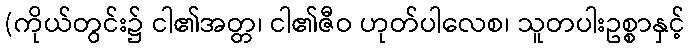
(ကိုယ်တွင်း၌ ငါ၏အတ္တ၊ ငါ၏ဇီဝ ဟုတ်ပါလေစ၊ သူတပါးဥစ္စာနှင့်